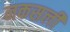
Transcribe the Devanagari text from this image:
नकसली